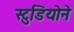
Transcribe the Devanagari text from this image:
स्टुडियोने